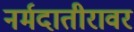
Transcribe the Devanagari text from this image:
नर्मदातीरावर